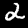
Digit: 2